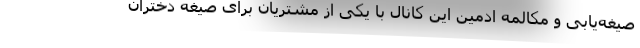
صیغه‌یابی و مکالمه ادمین این کانال با یکی از مشتریان برای صیغه دختران